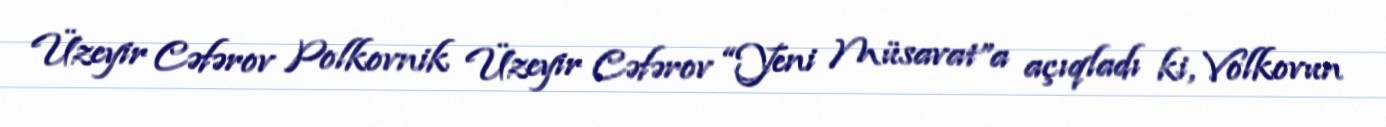
Üzeyir Cəfərov Polkovnik Üzeyir Cəfərov “Yeni Müsavat”a açıqladı ki, Volkovun